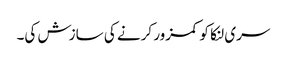
سری لنکا کو کمزور کرنے کی سازش کی۔